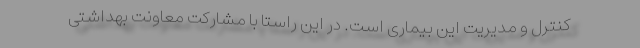
کنترل و مدیریت این بیماری است. در این راستا با مشارکت معاونت بهداشتی